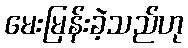
မေးမြန်းခဲ့သည်ဟု